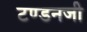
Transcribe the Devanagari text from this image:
टण्डनजी